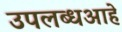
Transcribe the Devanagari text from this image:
उपलब्धआहे